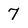
Character: 7